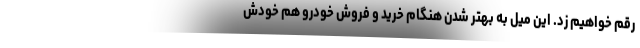
رقم خواهیم زد. این میل به بهتر شدن هنگام خرید و فروش خودرو هم خودش